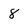
Character: 8